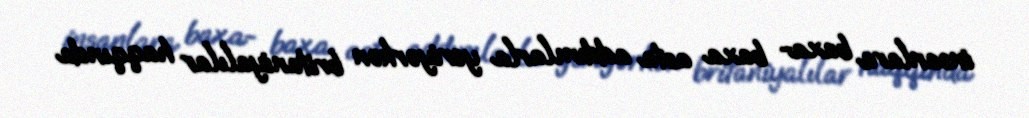
insanlara baxa- baxa asta addımlarla yeriyərkən britaniyalılar haqqında